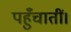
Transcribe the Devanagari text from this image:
पहुँचातीं।